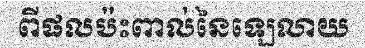
ពីផលប៉ះពាល់នៃឡេលាយ